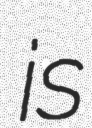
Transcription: is